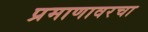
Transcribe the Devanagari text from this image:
प्रमाणावरचा